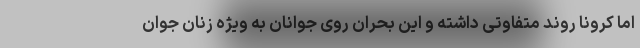
اما کرونا روند متفاوتی داشته و این بحران روی جوانان به ویژه زنان جوان